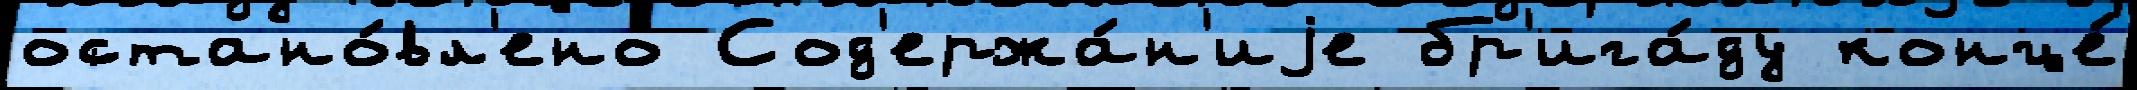
остано́вл'ено Сод'ержа́н'иjе бр'ига́ду конце́